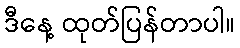
ဒီနေ့ ထုတ်ပြန်တာပါ။